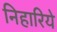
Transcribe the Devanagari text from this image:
निहारिये